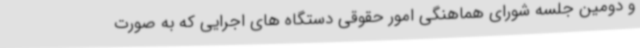
و دومین جلسه شورای هماهنگی امور حقوقی دستگاه های اجرایی که به صورت